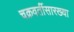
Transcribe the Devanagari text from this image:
चक्रवर्तीसारख्या